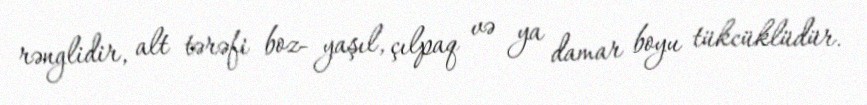
rənglidir, alt tərəfi boz- yaşıl, çılpaq və ya damar boyu tükcüklüdür.